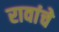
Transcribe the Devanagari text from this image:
रावांचे